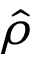
\hat { \rho }